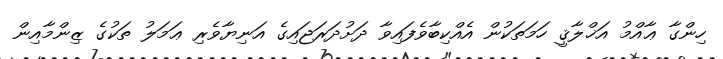
ހިންގާ ޢާއްމު އަޚްލާޤީ ހަމަތަކުން އެއްކިބާވެފައިވާ ދަށުދަރަޖައިގެ އަނިޔާވެރި ޢަމަލު ތަކުގެ ޒިންމާއިން